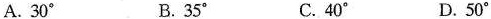
A.30^{\circ} B.35^{\circ} C.40^{\circ} D.50^{\circ}